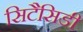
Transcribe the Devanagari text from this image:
सिटैसिडी